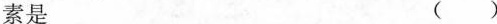
素是 ( )